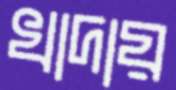
খাদায়